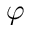
\varphi